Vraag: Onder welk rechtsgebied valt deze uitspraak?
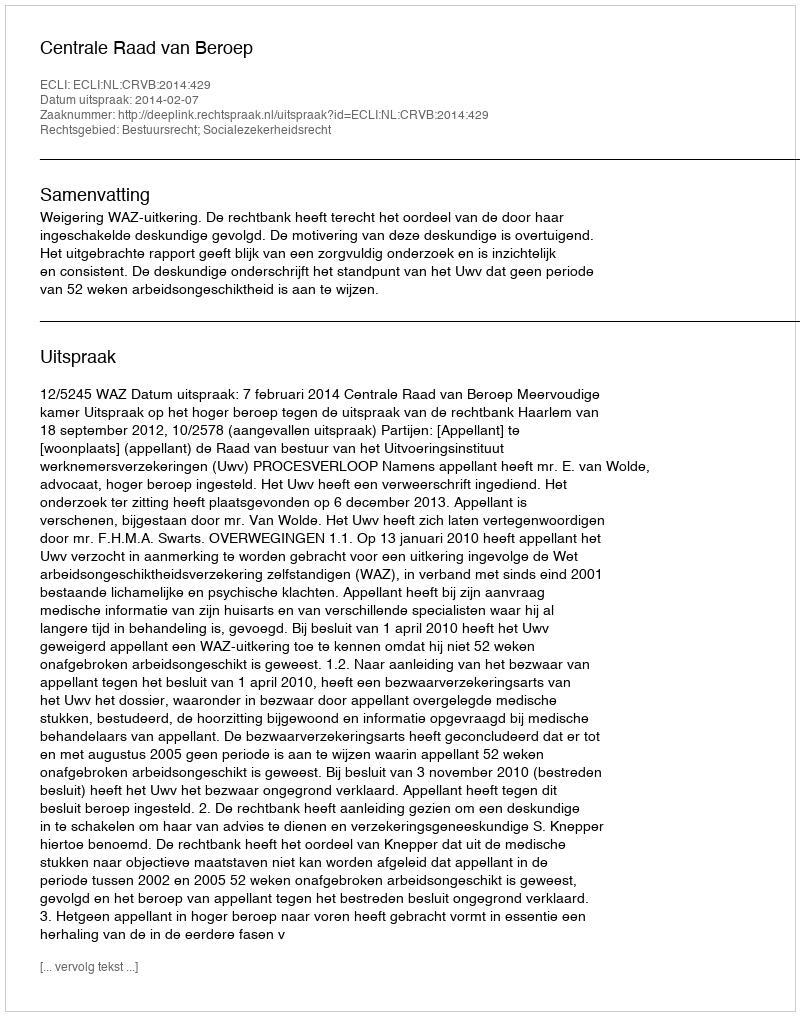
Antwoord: Bestuursrecht; Socialezekerheidsrecht